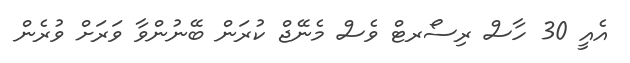
އެއީ 30 ހާސް ރިސޯރޓް ވެސް މެނޭޖް ކުރަން ބޭނުންވާ ވަރަށް ވުރެން